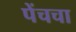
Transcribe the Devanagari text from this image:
पेंचचा